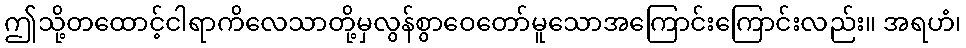
ဤသို့တထောင့်ငါရာကိလေသာတို့မှလွန်စွာဝေတော်မူသောအကြောင်းကြောင်းလည်း။ အရဟံ၊